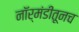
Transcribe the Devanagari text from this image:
नॉर्मंडीतूनच